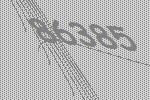
86385